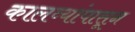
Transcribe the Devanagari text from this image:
कालव्यांपासून